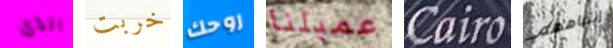
الذي خربت روحك عميلنا Cairo إنتباههم